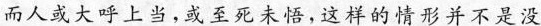
而人或大呼上当，或至死未悟，这样的情形并不是没